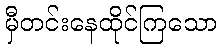
မှီတင်းနေထိုင်ကြသော